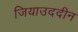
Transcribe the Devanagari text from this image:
जियाउददीन